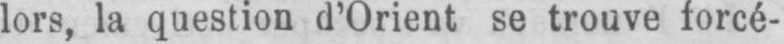
lors, la question d’Orient se trouve forcé-